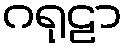
ဂရုဠာ